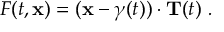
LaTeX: F ( t , { \mathbf { x } } ) = ( { \mathbf { x } } - \gamma ( t ) ) \cdot { \mathbf { T } } ( t ) \ .